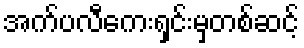
အက်ပလီကေးရှင်းမှတစ်ဆင့်